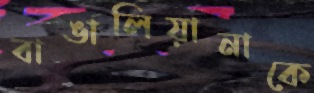
বাঙালিয়ানাকে